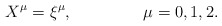
\begin{align*}X^{\mu}=\xi^{\mu},\qquad\qquad\ \mu=0,1,2.\end{align*}